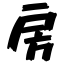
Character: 房